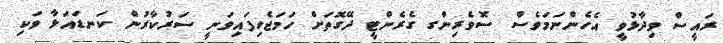
ރައީސް ވިދާޅުވީ އެހެންނަމަވެސް ސޮވެރިންގ ގެރެންޓީ ދޭގޮތަށް ހަމަޖެހިފައިވަނީ ސަރުކާރުން ކަނޑައަޅާ ވަކި